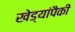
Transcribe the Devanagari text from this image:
खेड्यांपैकी